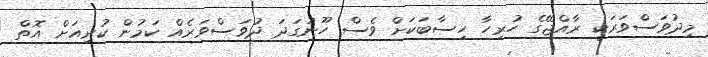
މިދުވަސްވަރަކީ ރާއްޖޭގެ ހުރިހާ ހިސާބަކަށް ވެސް ހޫނުގަދަ ދުވަސްވަރެއް ކަމުން ކުރިއަށް އޮތް